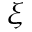
\xi